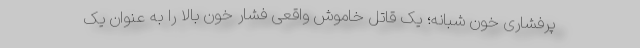
پرفشاری خون شبانه؛ یک قاتل خاموش واقعی فشار خون بالا را به عنوان یک